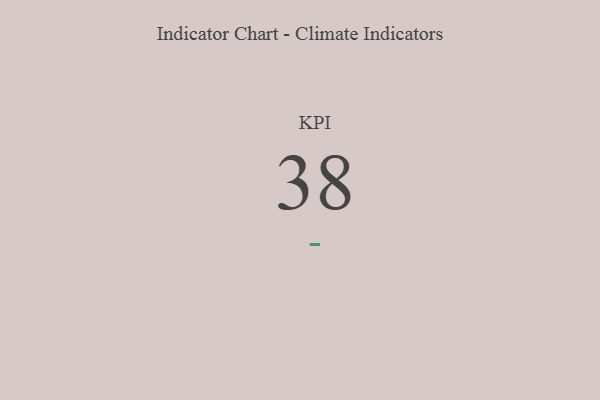
{"axis": {"x": "KPI", "y": "Value"}, "legend": [""], "data": [{"x": "KPI", "y": 38, "type": ""}]}